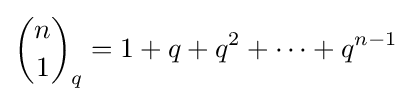
{n \choose 1}_{q}=1+q+q^{2}+\cdots +q^{n-1}